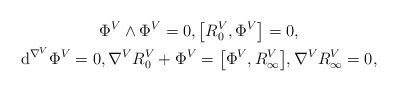
LaTeX: \begin{gather*} \Phi^V\wedge\Phi^V=0,\big[R_0^V,\Phi^V\big]=0, \\ {\rm d}^{\nabla^V}\Phi^V=0,\nabla^V R_0^V+\Phi^V =\big[\Phi^V,R_{\infty}^V\big], \nabla^V R_{\infty}^V=0, \end{gather*}